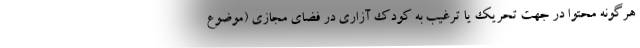
هرگونه محتوا در جهت تحریک یا ترغیب به کودک آزاری در فضای مجازی (موضوع